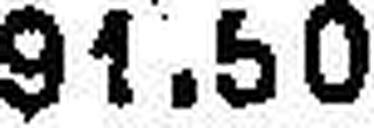
91.50